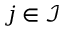
j \in \mathcal I